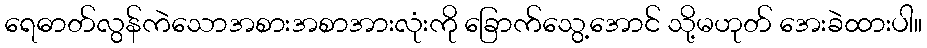
ရေဓာတ်လွန်ကဲသောအစားအစာအားလုံးကို ခြောက်သွေ့အောင် သို့မဟုတ် အေးခဲထားပါ။